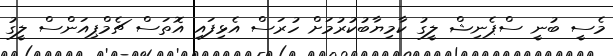
މެސީ ބުނީ ސްޕެނިޝް ލީގު ކާމިޔާބުކުރުމަށް ހުރަސް އެޅިފައި އޮތަސް ޗެމްޕިއަންސް ލީގު